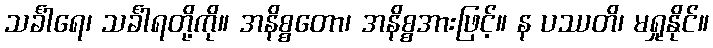
သင်္ခါရေ၊ သင်္ခါရတို့ကို။ အနိစ္စတော၊ အနိစ္စအားဖြင့်။ န ပဿတိ၊ မရှုနိုင်။